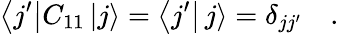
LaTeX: \left<j^{\prime}\right|C_{11}\left|j\right>=\left<j^{\prime}\right|\left.j\right>=\delta_{jj^{\prime}}\quad.